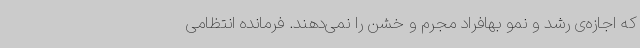
که اجازه‌ی رشد و نمو بهافراد مجرم و خشن را نمی‌دهند. فرمانده انتظامی